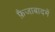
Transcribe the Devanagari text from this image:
फ़ैजाबादमें